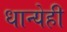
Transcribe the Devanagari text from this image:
धान्येही